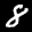
Label: 8